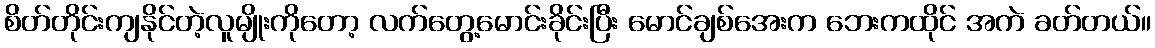
စိတ်တိုင်းကျနိုင်တဲ့လူမျိုးကိုတော့ လက်တွေ့မောင်းခိုင်းပြီး မောင်ချစ်အေးက ဘေးကထိုင် အကဲ ခတ်တယ်။